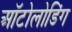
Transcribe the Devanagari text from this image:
ऑटोलोडिंग